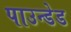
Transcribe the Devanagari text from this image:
पाउन्डेड